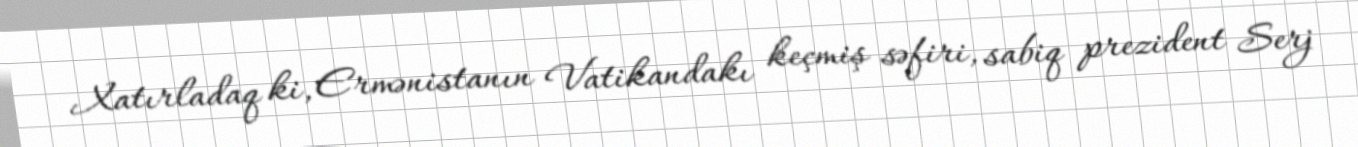
Xatırladaq ki, Ermənistanın Vatikandakı keçmiş səfiri, sabiq prezident Serj